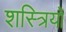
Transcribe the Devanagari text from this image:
शस्त्रियों